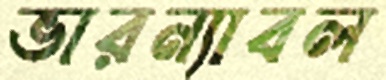
ভারন্যাবল